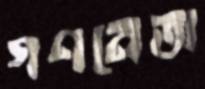
গণনেতা